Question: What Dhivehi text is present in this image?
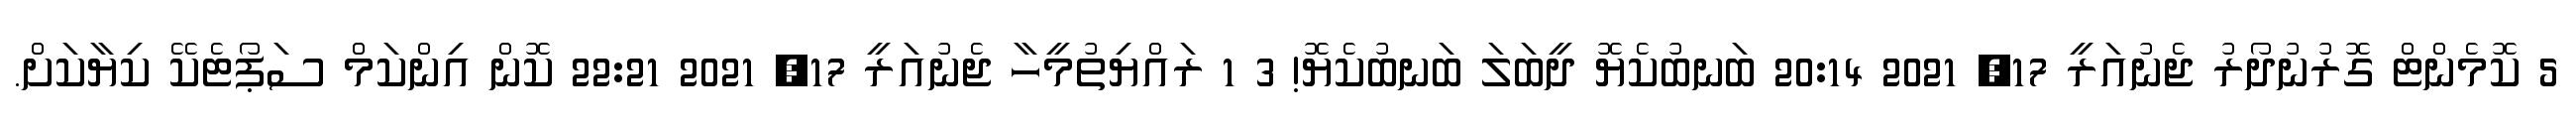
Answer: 5 ކޮމެންޓް ގޮރުނުދޯރު ޖެނުއަރީ 17, 2021 20:14 ބަނބުކެޔޮ ދީބަލަ ބަނބުކެޔޮ! 3 1 ރައްޔިތުމީހާ ޖެނުއަރީ 17, 2021 22:21 ކޮން އިންކަމް ސަޕޯޓެކޭ ކިޔާކަށް.